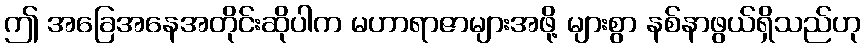
ဤ အခြေအနေအတိုင်းဆိုပါက မဟာရာဇာများအဖို့ များစွာ နစ်နာဖွယ်ရှိသည်ဟု